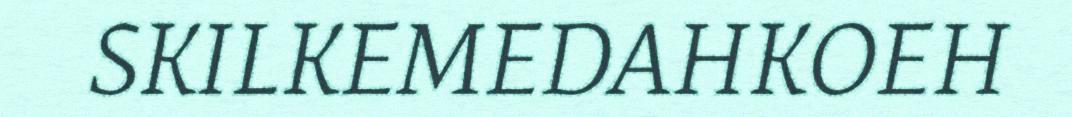
SKILKEMEDAHKOEH